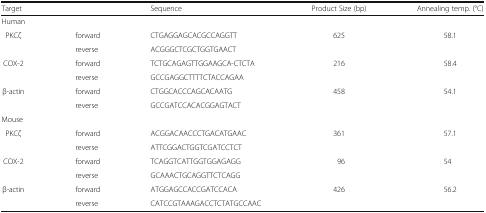
<table><thead><tr><td><b>Target</b></td><td></td><td><b>Sequence</b></td><td><b>Product Size (bp)</b></td><td><b>Annealing temp. (°C)</b></td></tr></thead><tbody><tr><td>Human</td><td></td><td></td><td></td><td></td></tr><tr><td rowspan="2">PKCζ</td><td>forward</td><td>CTGAGGAGCACGCCAGGTT</td><td rowspan="2">625</td><td rowspan="2">58.1</td></tr><tr><td>reverse</td><td>ACGGGCTCGCTGGTGAACT</td></tr><tr><td rowspan="2">COX-2</td><td>forward</td><td>TCTGCAGAGTTGGAAGCA-CTCTA</td><td rowspan="2">216</td><td rowspan="2">58.4</td></tr><tr><td>reverse</td><td>GCCGAGGCTTTTCTACCAGAA</td></tr><tr><td rowspan="2">β-actin</td><td>forward</td><td>CTGGCACCCAGCACAATG</td><td rowspan="2">458</td><td rowspan="2">54.1</td></tr><tr><td>reverse</td><td>GCCGATCCACACGGAGTACT</td></tr><tr><td>Mouse</td><td></td><td></td><td></td><td></td></tr><tr><td rowspan="2">PKCζ</td><td>forward</td><td>ACGGACAACCCTGACATGAAC</td><td rowspan="2">361</td><td rowspan="2">57.1</td></tr><tr><td>reverse</td><td>ATTCGGACTGGTCGATCCTCT</td></tr><tr><td rowspan="2">COX-2</td><td>forward</td><td>TCAGGTCATTGGTGGAGAGG</td><td rowspan="2">96</td><td rowspan="2">54</td></tr><tr><td>reverse</td><td>GCAAACTGCAGGTTCTCAGG</td></tr><tr><td rowspan="2">β-actin</td><td>forward</td><td>ATGGAGCCACCGATCCACA</td><td rowspan="2">426</td><td rowspan="2">56.2</td></tr><tr><td>reverse</td><td>CATCCGTAAAGACCTCTATGCCAAC</td></tr></tbody></table>